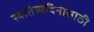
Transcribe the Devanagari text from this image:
स्वातंत्र्यदिनासाठी